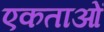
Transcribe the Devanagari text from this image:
एकताओं